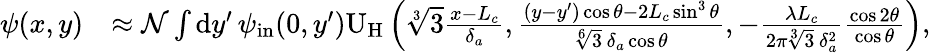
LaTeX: \begin{array}{rl}{\psi(x,y)}&{\approx\mathcal{N}\int\mathrm{d}y^{\prime}\, \psi_{\mathrm{in}}(0,y^{\prime})\mathrm{U}_{\mathrm{H}}\left(\sqrt[3]{3}\frac{x-L_{c}}{\delta_{a}},\frac{(y-y^{\prime})\cos\theta-2L_{c}\sin^{3}\theta}{\sqrt[6]{3}\, \delta_{a}\cos\theta},-\frac{\lambda L_{c}}{2\pi\sqrt[3]{3}\, \delta_{a}^{2}}\frac{\cos 2\theta}{\cos\theta}\right),}\end{array}